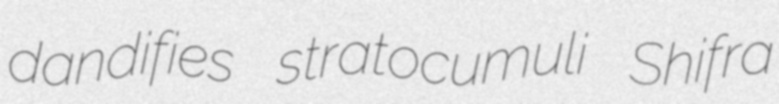
dandifies stratocumuli Shifra